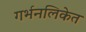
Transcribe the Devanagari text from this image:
गर्भनलिकेत